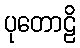
ပုတောဠိ